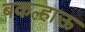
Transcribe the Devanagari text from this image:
बकल्हाऊ